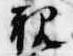
親